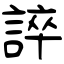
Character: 誶